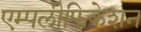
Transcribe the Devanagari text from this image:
एम्पलीफिकेशन